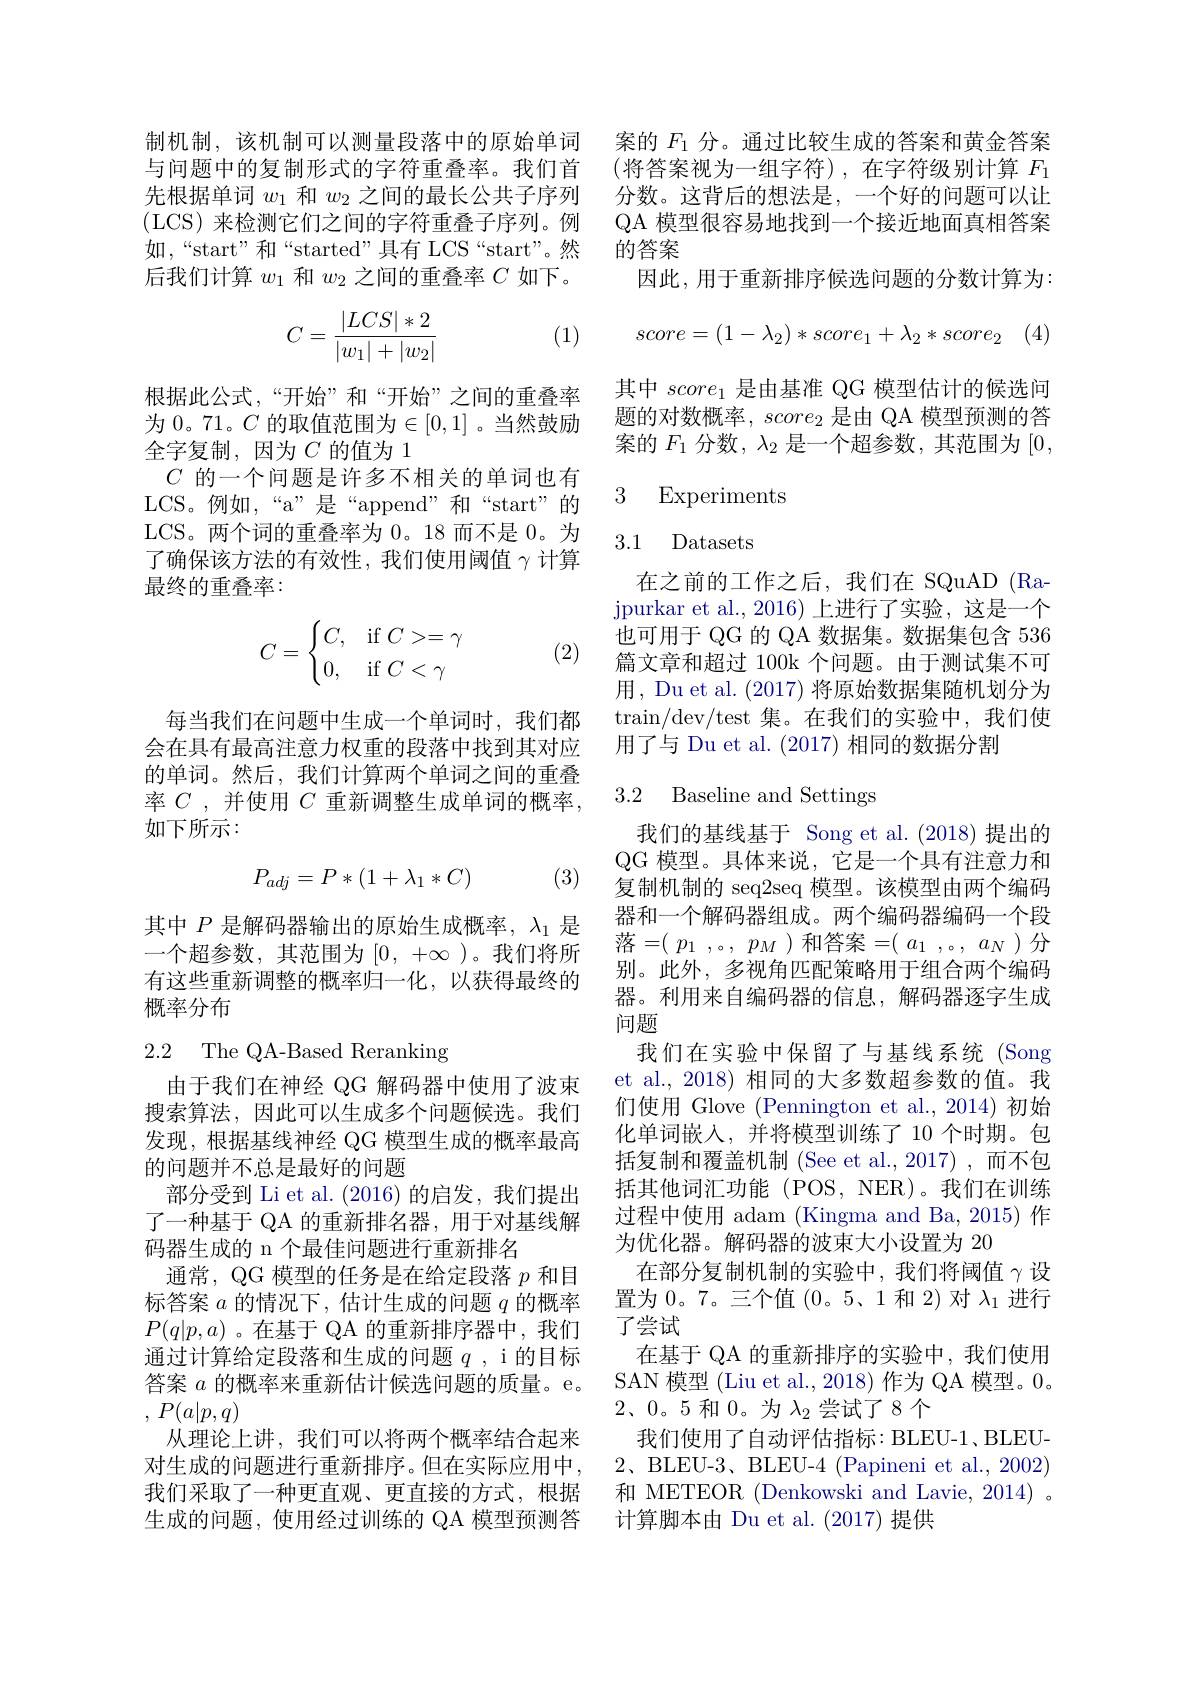
制机制，该机制可以测量段落中的原始单词 案的$F_{1}$ 分。通过比较生成的答案和黄金答案
与问题中的复制形式的字符重叠率。我们首先根据单词$w_1$和$w_2$之间的最长公共子序列(LCS) 来检测它们之间的字符重叠子序列。例如，“start”和“started”具有 LCS“start”。然后我们计算$w_1$和$w_2$之间的重叠率$C$如下。

根据此公式，“开始”和“开始”之间的重叠率为 0。71。$C$ 的取值范围为$\in[0,1]$ 。当然鼓励全字复制，因为$C$ 的值为 1
$C$的一个问题是许多不相关的单词也有LCS。例如，“a”是“append”和“start”的LCS。两个词的重叠率为 0。18 而不是 0。为了确保该方法的有效性，我们使用阈值$\gamma$计算最终的重叠率：
$$C=\begin{cases}C,&\text{if}C>=\gamma\\0,&\text{if}C<\gamma\end{cases}$$
(2)

每当我们在问题中生成一个单词时，我们都会在具有最高注意力权重的段落中找到其对应的单词。然后，我们计算两个单词之间的重叠率$C$ ,并使用$C$重新调整生成单词的概率， 如下所示：
$$P_{adj}=P*(1+\lambda_1*C)$$
(3)

其中$P$是解码器输出的原始生成概率，$\lambda_1$是一个超参数，其范围为$[0,+\infty$)。我们将所有这些重新调整的概率归一化，以获得最终的概率分布

2.2 The QA-Based Reranking

由于我们在神经 QG 解码器中使用了波束搜索算法，因此可以生成多个问题候选。我们发现，根据基线神经 QG 模型生成的概率最高的问题并不总是最好的问题
部分受到 Li et al. (2016)的启发，我们提出了一种基于 QA 的重新排名器，用于对基线解码器生成的 n 个最佳问题进行重新排名
通常，QG 模型的任务是在给定段落$p$和目标答案$a$的情况下，估计生成的问题$q$的概率$P(q|p,a)$ 。在基于 QA 的重新排序器中，我们通过计算给定段落和生成的问题$q$ ,i 的目标答案$a$的概率来重新估计候选问题的质量。e。, $P( a| p, q)$
从理论上讲，我们可以将两个概率结合起来对生成的问题进行重新排序。但在实际应用中， 我们采取了一种更直观、更直接的方式，根据生成的问题，使用经过训练的 QA 模型预测答

(将答案视为一组字符),在字符级别计算 $F_1$ 分数。这背后的想法是，一个好的问题可以让QA 模型很容易地找到一个接近地面真相答案的答案
因此，用于重新排序候选问题的分数计算为：
$$C=\dfrac{|LCS|*2}{|w_1|+|w_2|}\quad(1)\quad score=(1-\lambda_2)*score_1+\lambda_2*score_2$$
其中$score_1$是由基准 QG 模型估计的候选问题的对数概率，$score_2$是由 QA 模型预测的答案的$F_1$分数，$\lambda_2$是一个超参数，其范围为[0,

### 3 Experiments

# 3.1 Datasets

在之前的工作之后，我们在 SQuAD (Ra- ${\text{jpurkar et al.,2016)上进行了实验，这是一个}}$ 也可用于 QG 的 QA 数据集。数据集包含536篇文章和超过 100k 个问题。由于测试集不可用，Du et al. (2017)将原始数据集随机划分为$\operatorname{train}/\operatorname{dev/test}$集。在我们的实验中，我们使用了与 Du et al. (2017) 相同的数据分割

### 3.2 Baseline and Settings

我们的基线基于 Song et al.(2018)提出的QG 模型。具体来说，它是一个具有注意力和复制机制的 seq2seq 模型。该模型由两个编码器和一个解码器组成。两个编码器编码一个段落$=(\begin{array}{cc}p_1&,。,&p_M\end{array})$和答案$=(\begin{array}{cc}a_1&,。,&a_N\end{array})$分别。此外，多视角匹配策略用于组合两个编码器。利用来自编码器的信息，解码器逐字生成问题
我们在实验中保留了与基线系统(Song et al., 2018) 相同的大多数超参数的值。我们使用 Glove (Pennington et al.,2014)初始化单词嵌入，并将模型训练了 10 个时期。包括复制和覆盖机制 (See et al.,2017) ,而不包括其他词汇功能(POS,NER)。我们在训练过程中使用 adam (Kingma and Ba, 2015) 作为优化器。解码器的波束大小设置为 20
在部分复制机制的实验中，我们将阈值$\gamma$ 设置为0。7。三个值(0。5、1 和 2)对$\lambda_1$进行了尝试
在基于 QA 的重新排序的实验中，我们使用SAN 模型 (Liu et al., 2018) 作为 QA 模型。0。2、0。5 和0。为$\lambda_2$尝试了 8 个
我们使用了自动评估指标：BLEU-1、BLEU- 2、BLEU-3、BLEU-4 (Papineni et al., 2002) 和 METEOR (Denkowski and Lavie, 2014) 。计算脚本由 Du et al. (2017)提供